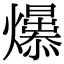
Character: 𤒁